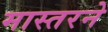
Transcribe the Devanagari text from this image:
मास्तरने